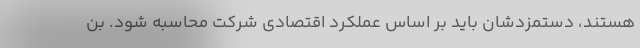
هستند، دستمزد‌شان باید بر اساس عملکرد اقتصادی شرکت محاسبه شود. بن